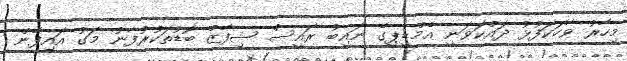
މިހާރު ވާހަކަފުޅު ދައްކަވަނީ އެމްޑީޕީގެ ނައިބު ރައީސް ޝިފާޒް ބޮޑުތަކުރުފާނު މަގު އައިފާން